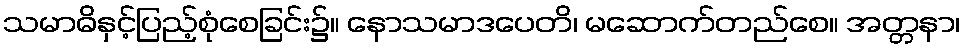
သမာဓိနှင့်ပြည့်စုံစေခြင်း၌။ နောသမာဒပေတိ၊ မဆောက်တည်စေ။ အတ္တနာ၊